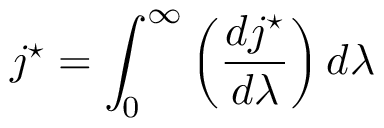
j ^ { \star } = \int _ { 0 } ^ { \infty } \left( { \frac { d j ^ { \star } } { d \lambda } } \right) d \lambda